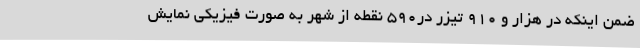
ضمن اینکه در هزار و ۹۱۰ تیزر در۵۹۰ نقطه از شهر به صورت فیزیکی نمایش